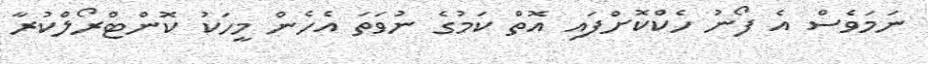
ނަމަވެސް އެ ފޯނު ހެކްކޮށްފައި އޮތް ކަމުގެ ނުވަތަ އެހެން މީހަކު ކޮންޓްރޯލްކުރާ